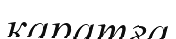
қаратға